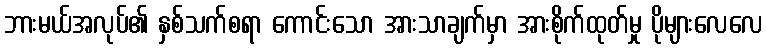
ဘားမယ်အလုပ်၏ နှစ်သက်စရာ ကောင်းသော အားသာချက်မှာ အားစိုက်ထုတ်မှု ပိုများလေလေ